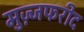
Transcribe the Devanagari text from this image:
मुज़्जफरीद